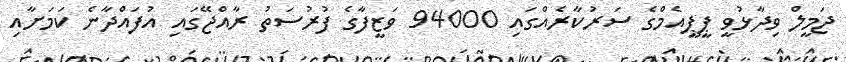
ޖަމީލް ވިދާޅުވީ ޕީޕީއެމްގެ ސަރުކާރެއްގައި 94000 ވަޒީފާގެ ފުރުސަތު ރާއްޖޭގައި އުފައްދާނެ ކަމަށާއި